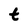
Character: t